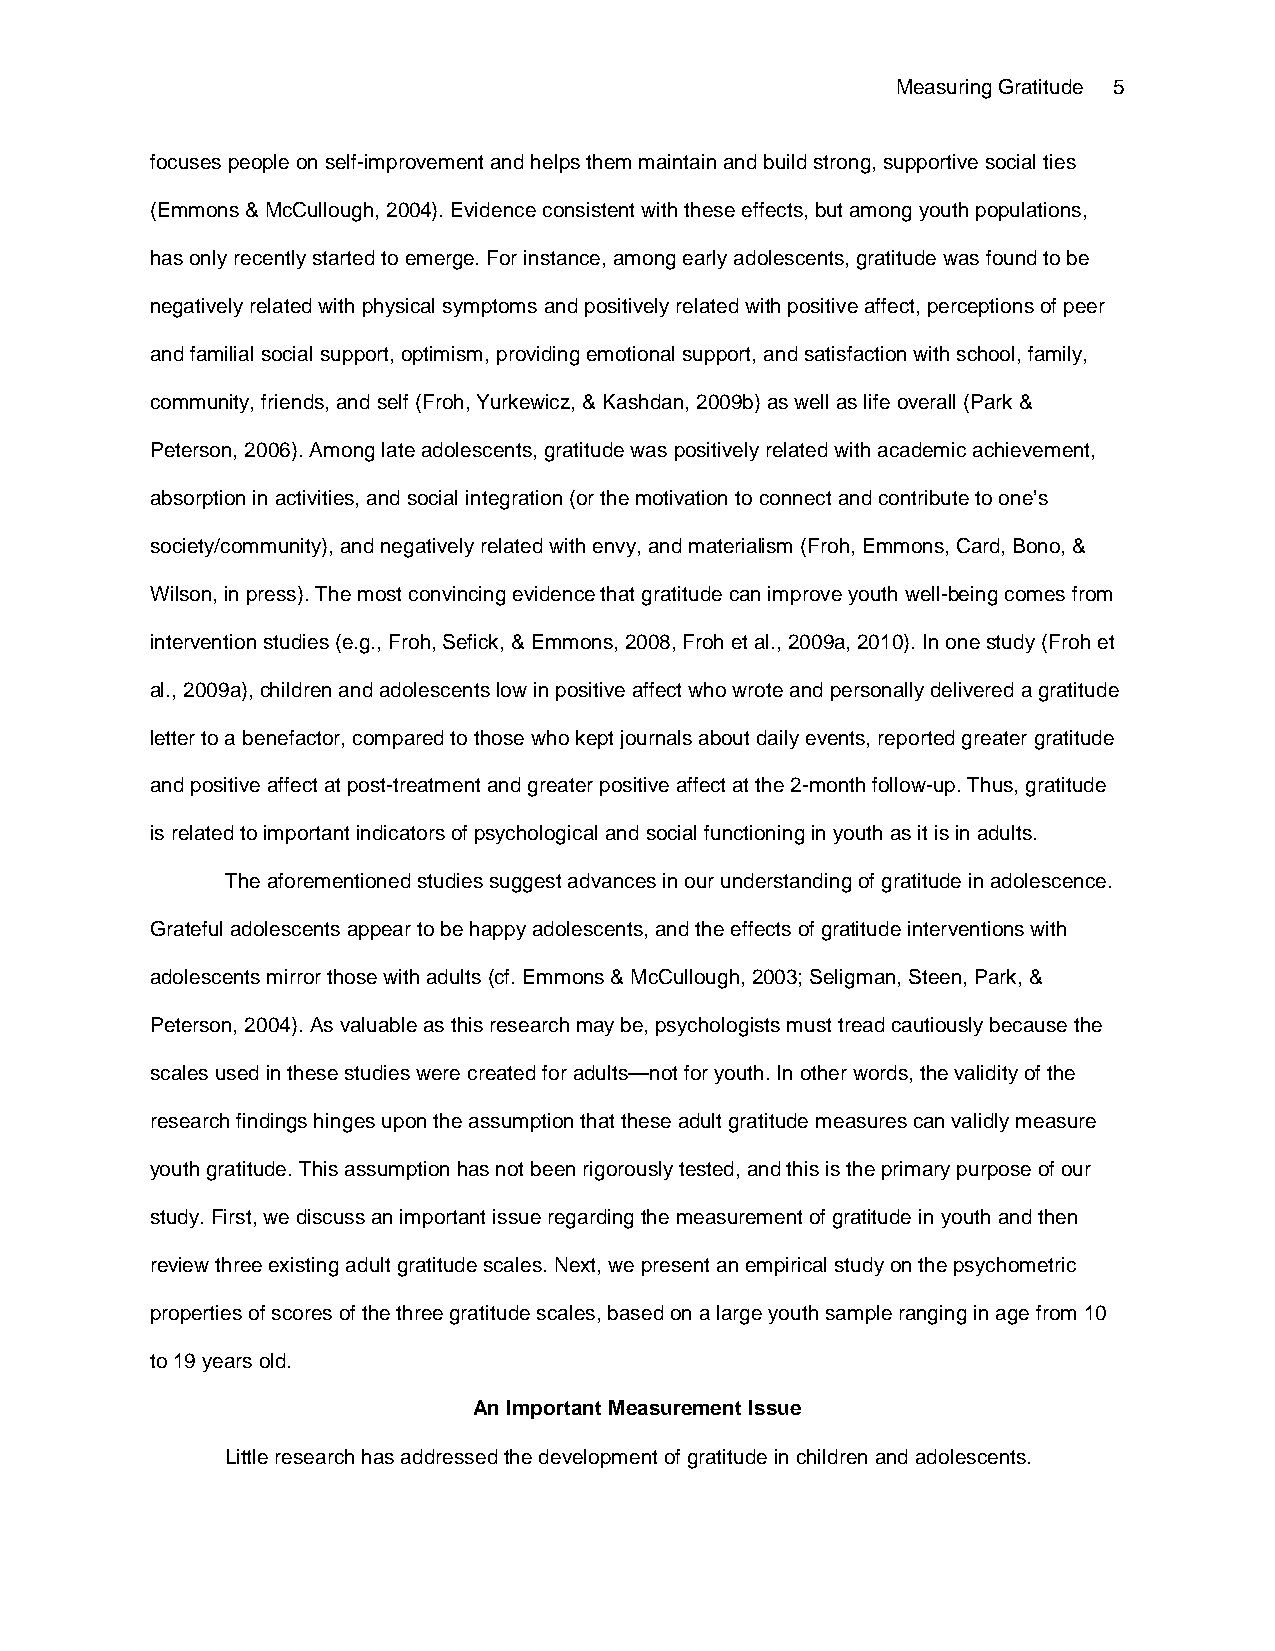
Measuring Gratitude 5
 focuses people on self-improvement and helps them maintain and build strong, supportive social ties
 (Emmons & McCullough, 2004). Evidence consistent with these effects, but among youth populations,
 has only recently started to emerge. For instance, among early adolescents, gratitude was found to be
 negatively related with physical symptoms and positively related with positive affect, perceptions of peer
 and familial social support, optimism, providing emotional support, and satisfaction with school, family,
 community, friends, and self (Froh, Yurkewicz, & Kashdan, 2009b) as well as life overall (Park &
 Peterson, 2006). Among late adolescents, gratitude was positively related with academic achievement,
 absorption in activities, and social integration (or the motivation to connect and contribute to one’s
 society/community), and negatively related with envy, and materialism (Froh, Emmons, Card, Bono, &
 Wilson, in press). The most convincing evidence that gratitude can improve youth well-being comes from
 intervention studies (e.g., Froh, Sefick, & Emmons, 2008, Froh et al., 2009a, 2010). In one study (Froh et
 al., 2009a), children and adolescents low in positive affect who wrote and personally delivered a gratitude
 letter to a benefactor, compared to those who kept journals about daily events, reported greater gratitude
 and positive affect at post-treatment and greater positive affect at the 2-month follow-up. Thus, gratitude
 is related to important indicators of psychological and social functioning in youth as it is in adults.
 The aforementioned studies suggest advances in our understanding of gratitude in adolescence.
 Grateful adolescents appear to be happy adolescents, and the effects of gratitude interventions with
 adolescents mirror those with adults (cf. Emmons & McCullough, 2003; Seligman, Steen, Park, &
 Peterson, 2004). As valuable as this research may be, psychologists must tread cautiously because the
 scales used in these studies were created for adults—not for youth. In other words, the validity of the
 research findings hinges upon the assumption that these adult gratitude measures can validly measure
 youth gratitude. This assumption has not been rigorously tested, and this is the primary purpose of our
 study. First, we discuss an important issue regarding the measurement of gratitude in youth and then
 review three existing adult gratitude scales. Next, we present an empirical study on the psychometric
 properties of scores of the three gratitude scales, based on a large youth sample ranging in age from 10
 to 19 years old.
 An Important Measurement Issue
 Little research has addressed the development of gratitude in children and adolescents.